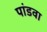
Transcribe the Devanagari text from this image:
पांडवा